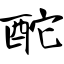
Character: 酡